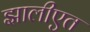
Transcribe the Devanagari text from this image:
झालीएत